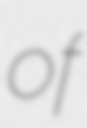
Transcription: of